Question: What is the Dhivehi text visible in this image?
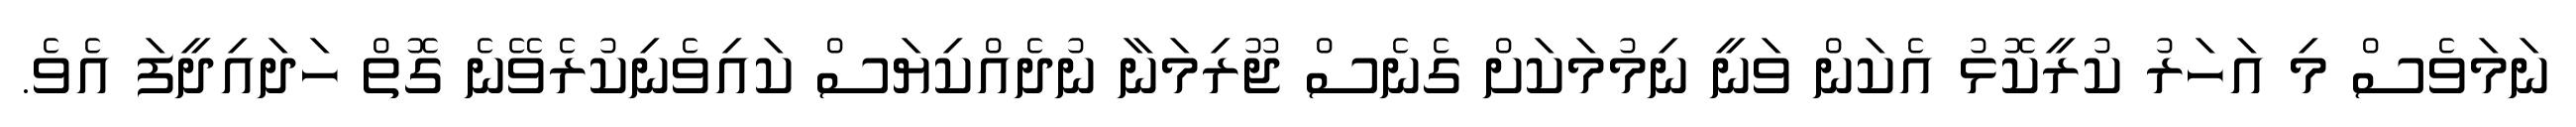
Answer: ނަމަވެސް މި އަހަރު ކުރީކޮޅު އެކަން ވަނީ ނިމުމަކަށް ގެނެސް ޖޫރިމަނާ ނުދެއްކިޔަސް ކައިވެނިކުރެވޭނެ ގޮތް ހަދައިދީފަ އެވެ.